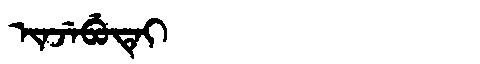
Manchu: ᡳᠨᠵᡝᠪᡠᡨᡝᡳ
Romanization: INJEBUTEI